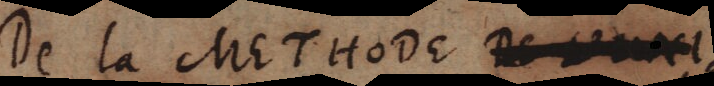
De la METHODE